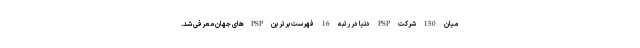
میان 150 شرکت PSP دنیا در رتبه 16 فهرست برترین PSPهای جهان معرفی شد.